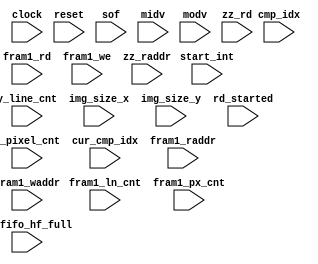
// Generated by MyHDL 0.9dev


`timescale 1ns/10ps

module m_fdct_read_proc_sm_monitor (
    clock,
    reset,
    sof,
    start_int,
    x_pixel_cnt,
    y_line_cnt,
    img_size_x,
    img_size_y,
    cmp_idx,
    cur_cmp_idx,
    rd_started,
    bf_fifo_hf_full,
    fram1_rd,
    fram1_raddr,
    fram1_ln_cnt,
    fram1_px_cnt,
    fram1_we,
    fram1_waddr,
    midv,
    modv,
    zz_rd,
    zz_raddr
);
// This monitors the signals from the FDCT and tries to indentifiy
// a state that should correspond to the 

input clock;
input reset;
input sof;
input start_int;
input [15:0] x_pixel_cnt;
input [15:0] y_line_cnt;
input [15:0] img_size_x;
input [15:0] img_size_y;
input [2:0] cmp_idx;
input [2:0] cur_cmp_idx;
input rd_started;
input bf_fifo_hf_full;
input fram1_rd;
input [6:0] fram1_raddr;
input [2:0] fram1_ln_cnt;
input [2:0] fram1_px_cnt;
input fram1_we;
input [6:0] fram1_waddr;
input midv;
input modv;
input zz_rd;
input [5:0] zz_raddr;

reg [31:0] mi_ccnt;
reg [31:0] mo_rcnt;
reg [31:0] ircnt;
reg [31:0] orcnt;
reg [1:0] state;
reg [31:0] iccnt;
reg [31:0] mi_pcnt;
reg [31:0] opcnt;
reg [31:0] ipcnt;
reg [31:0] mo_pcnt;
reg [31:0] occnt;
reg [31:0] mo_ccnt;
reg [31:0] mi_rcnt;

reg [31:0] rcnt [0:128-1];
reg [31:0] wcnt [0:128-1];




always @(posedge clock, posedge reset) begin: M_FDCT_READ_PROC_SM_MONITOR_MON
    if (reset == 1) begin
        state <= 2'b00;
    end
    else begin
        case (state)
            2'b00: begin
                if ((sof || start_int)) begin
                    // pass
                end
                state <= 2'b00;
            end
            2'b01: begin
                state <= 2'b00;
            end
            2'b10: begin
                state <= 2'b00;
            end
            default: begin
                $write("invalid state ");
                $write("%0d", state);
                $write("\n");
                state <= 2'b00;
            end
        endcase
    end
end


always @(posedge clock) begin: M_FDCT_READ_PROC_SM_MONITOR_MONMEM
    integer ii;
    if (fram1_rd) begin
        rcnt[fram1_raddr] <= (rcnt[fram1_raddr] + 1);
    end
    if (fram1_we) begin
        wcnt[fram1_waddr] <= (wcnt[fram1_waddr] + 1);
    end
    for (ii=0; ii<128; ii=ii+1) begin
        if ((!(rcnt[ii] >= (wcnt[ii] + 4)))) begin
            $write("%0d", ii);
            $write(": rcnt ");
            $write("%0d", rcnt[ii]);
            $write(", wcnt ");
            $write("%0d", wcnt[ii]);
            $write("\n");
        end
    end
end


always @(posedge clock, posedge reset) begin: M_FDCT_READ_PROC_SM_MONITOR_MONCNT
    if (reset == 1) begin
        ircnt <= 0;
        opcnt <= 0;
        ipcnt <= 0;
        orcnt <= 0;
        occnt <= 0;
        mo_pcnt <= 0;
        mi_ccnt <= 0;
        mo_ccnt <= 0;
        mi_rcnt <= 0;
        mo_rcnt <= 0;
        iccnt <= 0;
        mi_pcnt <= 0;
    end
    else begin
        if (fram1_we) begin
            ipcnt <= (ipcnt + 1);
            if (($signed({1'b0, iccnt}) < ($signed({1'b0, img_size_x}) - 1))) begin
                iccnt <= (iccnt + 1);
            end
            else begin
                iccnt <= 0;
                if (($signed({1'b0, ircnt}) < ($signed({1'b0, img_size_y}) - 1))) begin
                    ircnt <= (ircnt + 1);
                end
                else begin
                    ircnt <= 0;
                end
            end

            if ((((ircnt + 1) == 80) && ((iccnt + 1) == 80))) begin
                $write("II: ");
                $write("%0d", (ipcnt + 1));
                $write(", ");
                $write("%0d", (ircnt + 1));
                $write("x");
                $write("%0d", (iccnt + 1));
                $write("\n");
            end

            if ((((ircnt + 1) == img_size_y) && ((iccnt + 1) == img_size_x))) begin
                $write("II: ");
                $write("%0d", (ipcnt + 1));
                $write(", ");
                $write("%0d", (ircnt + 1));
                $write("x");
                $write("%0d", (iccnt + 1));
                $write("\n");
            end
        end
        if (zz_rd) begin
            opcnt <= (opcnt + 1);
            if (($signed({1'b0, occnt}) < ((4 * img_size_x) - 1))) begin
                occnt <= (occnt + 1);
            end
            else begin
                occnt <= 0;
                if (($signed({1'b0, orcnt}) < ($signed({1'b0, img_size_y}) - 1))) begin
                    orcnt <= (orcnt + 1);
                end
                else begin
                    orcnt <= 0;
                end
            end
            if ((((orcnt + 1) == 40) && ((occnt + 1) == (40 * 4)))) begin
                $write("OO: ");
                $write("%0d", (opcnt + 1));
                $write(", ");
                $write("%0d", (orcnt + 1));
                $write("x");
                $write("%0d", (occnt + 1));
                $write("\n");
            end
        end
        if (midv) begin
            mi_pcnt <= (mi_pcnt + 1);
            if (($signed({1'b0, mi_ccnt}) < ((4 * img_size_x) - 1))) begin
                mi_ccnt <= (mi_ccnt + 1);
            end
            else begin
                mi_ccnt <= 0;
                if (($signed({1'b0, mi_rcnt}) < ($signed({1'b0, img_size_y}) - 1))) begin
                    mi_rcnt <= (mi_rcnt + 1);
                end
                else begin
                    mi_rcnt <= 0;
                end
            end
        end
        if (modv) begin
            mo_pcnt <= (mo_pcnt + 1);
            if (($signed({1'b0, mo_ccnt}) < ((4 * img_size_x) - 1))) begin
                mo_ccnt <= (mo_ccnt + 1);
            end
            else begin
                mo_ccnt <= 0;
                if (($signed({1'b0, mo_rcnt}) < ($signed({1'b0, img_size_y}) - 1))) begin
                    mo_rcnt <= (mo_rcnt + 1);
                end
                else begin
                    mo_rcnt <= 0;
                end
            end
        end
    end
end

endmodule